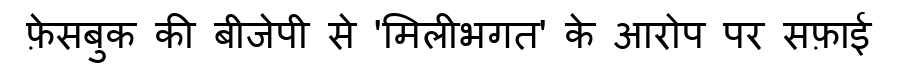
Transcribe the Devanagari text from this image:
फ़ेसबुक की बीजेपी से 'मिलीभगत' के आरोप पर सफ़ाई